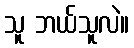
သူ ဘယ်သူလဲ။